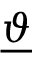
\underline { { \boldsymbol { \vartheta } } }